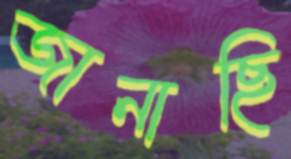
জানাছি